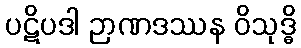
ပဋိပဒါ ဉာဏဒဿန ဝိသုဒ္ဓိ